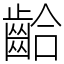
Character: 𪘁